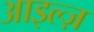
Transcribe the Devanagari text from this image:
आइल्ज़